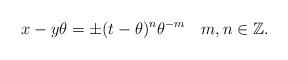
LaTeX: \begin{align*} x - y \theta = \pm (t - \theta)^n \theta^{-m} \ \ \ m,n \in \mathbb{Z}.\end{align*}